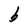
Character: b